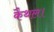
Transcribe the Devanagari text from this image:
कैथल।